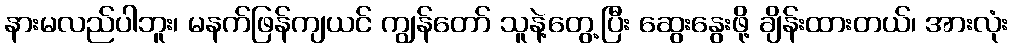
နားမလည်ပါဘူး၊ မနက်ဖြန်ကျယင် ကျွန်တော် သူနဲ့တွေ့ပြီး ဆွေးနွေးဖို့ ချိန်းထားတယ်၊ အားလုံး